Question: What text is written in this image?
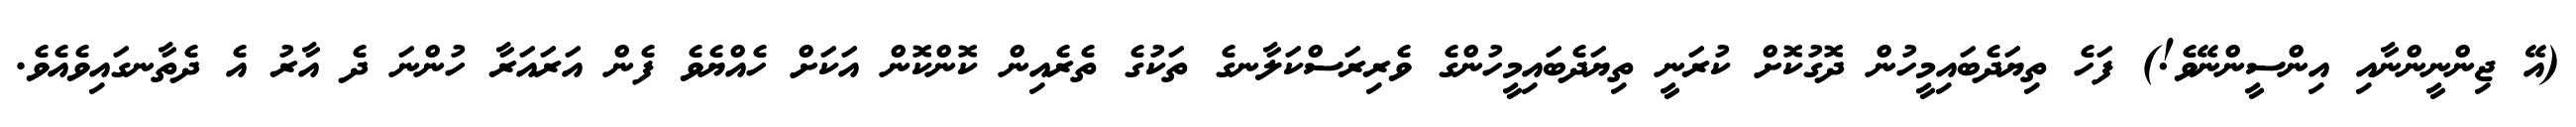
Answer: (އޭ ޖިންނީންނާއި އިންސީންނޭވެ!) ފަހެ ތިޔަދެބައިމީހުން ދޮގުކޮށް ކުރަނީ ތިޔަދެބައިމީހުންގެ ވެރިރަސްކަލާނގެ ތަކުގެ ތެރެއިން ކޮންކޮން އަކަށް ހެއްޔެވެ ފެން އަރައަރާ ހުންނަ ދެ އާރު އެ ދެތާނގައިވެއެވެ.